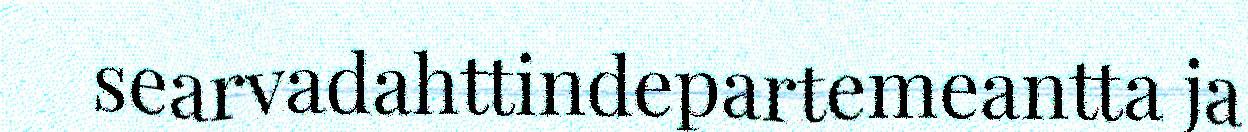
searvadahttindepartemeantta ja